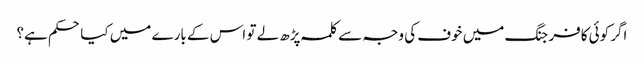
اگر کوئی کافر جنگ میں خوف کی وجہ سے کلمہ پڑھ لے تو اس کے بارے میں کیا حکم ہے؟